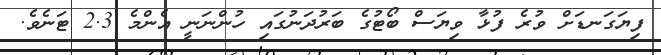
ފިޔަގަނޑަށް ވުރެ ފުޅާ ވިޔަސް ބޯޓުގެ ބަރުދަނުގައި ހުންނަނީ އެންމެ 2.3 ޓަނެވެ.